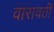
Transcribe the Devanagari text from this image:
वारावती